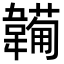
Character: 𩏕